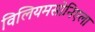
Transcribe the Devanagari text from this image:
विलियमसोनिएला